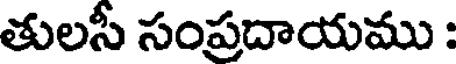
తులసీ సంప్రదాయము :